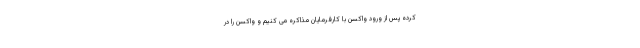
کرده پس از ورود واکسن با کارفرمایان مذاکره می کنیم و واکسن را در